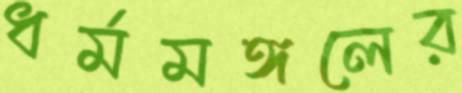
ধর্মমঙ্গলের